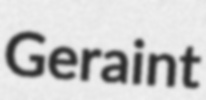
Geraint